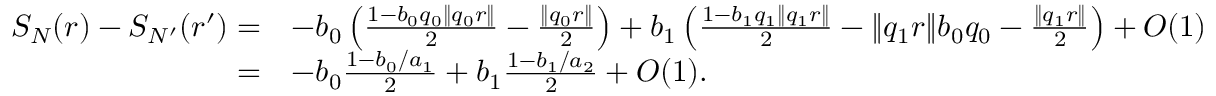
\begin{array} { r l } { S _ { N } ( r ) - S _ { N ^ { \prime } } ( r ^ { \prime } ) = } & { - b _ { 0 } \left( \frac { 1 - b _ { 0 } q _ { 0 } \| q _ { 0 } r \| } { 2 } - \frac { \| q _ { 0 } r \| } { 2 } \right) + b _ { 1 } \left( \frac { 1 - b _ { 1 } q _ { 1 } \| q _ { 1 } r \| } { 2 } - \| q _ { 1 } r \| b _ { 0 } q _ { 0 } - \frac { \| q _ { 1 } r \| } { 2 } \right) + O ( 1 ) } \\ { = } & { - b _ { 0 } \frac { 1 - b _ { 0 } / a _ { 1 } } { 2 } + b _ { 1 } \frac { 1 - b _ { 1 } / a _ { 2 } } { 2 } + O ( 1 ) . } \end{array}